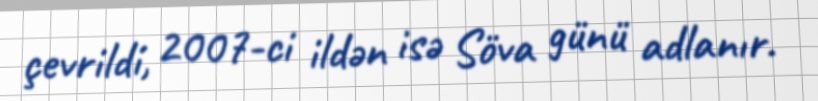
çevrildi, 2007-ci ildən isə Söva günü adlanır.